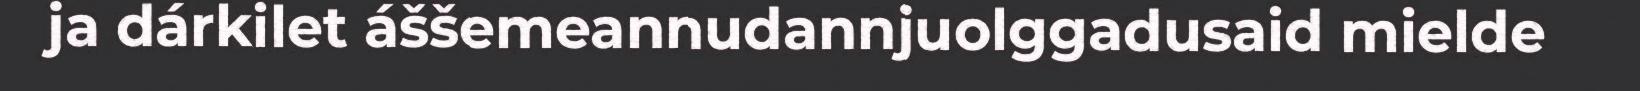
ja dárkilet áššemeannudannjuolggadusaid mielde